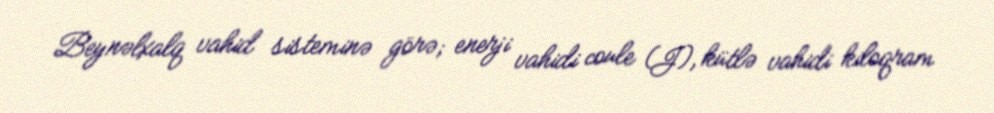
Beynəlxalq vahid sisteminə görə; enerji vahidi coule (J), kütlə vahidi kiloqram